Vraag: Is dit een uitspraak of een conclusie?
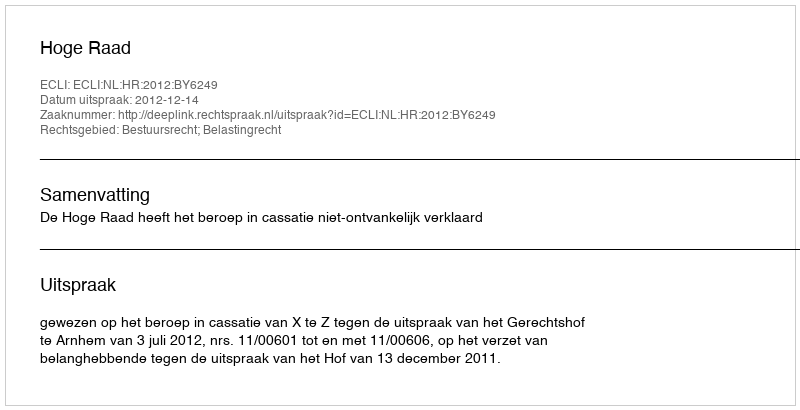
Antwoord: Uitspraak